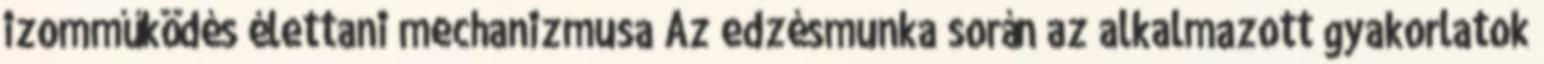
izomműködés élettani mechanizmusa Az edzésmunka során az alkalmazott gyakorlatok